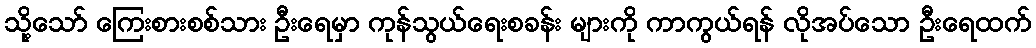
သို့သော် ကြေးစားစစ်သား ဦးရေမှာ ကုန်သွယ်ရေးစခန်း များကို ကာကွယ်ရန် လိုအပ်သော ဦးရေထက်